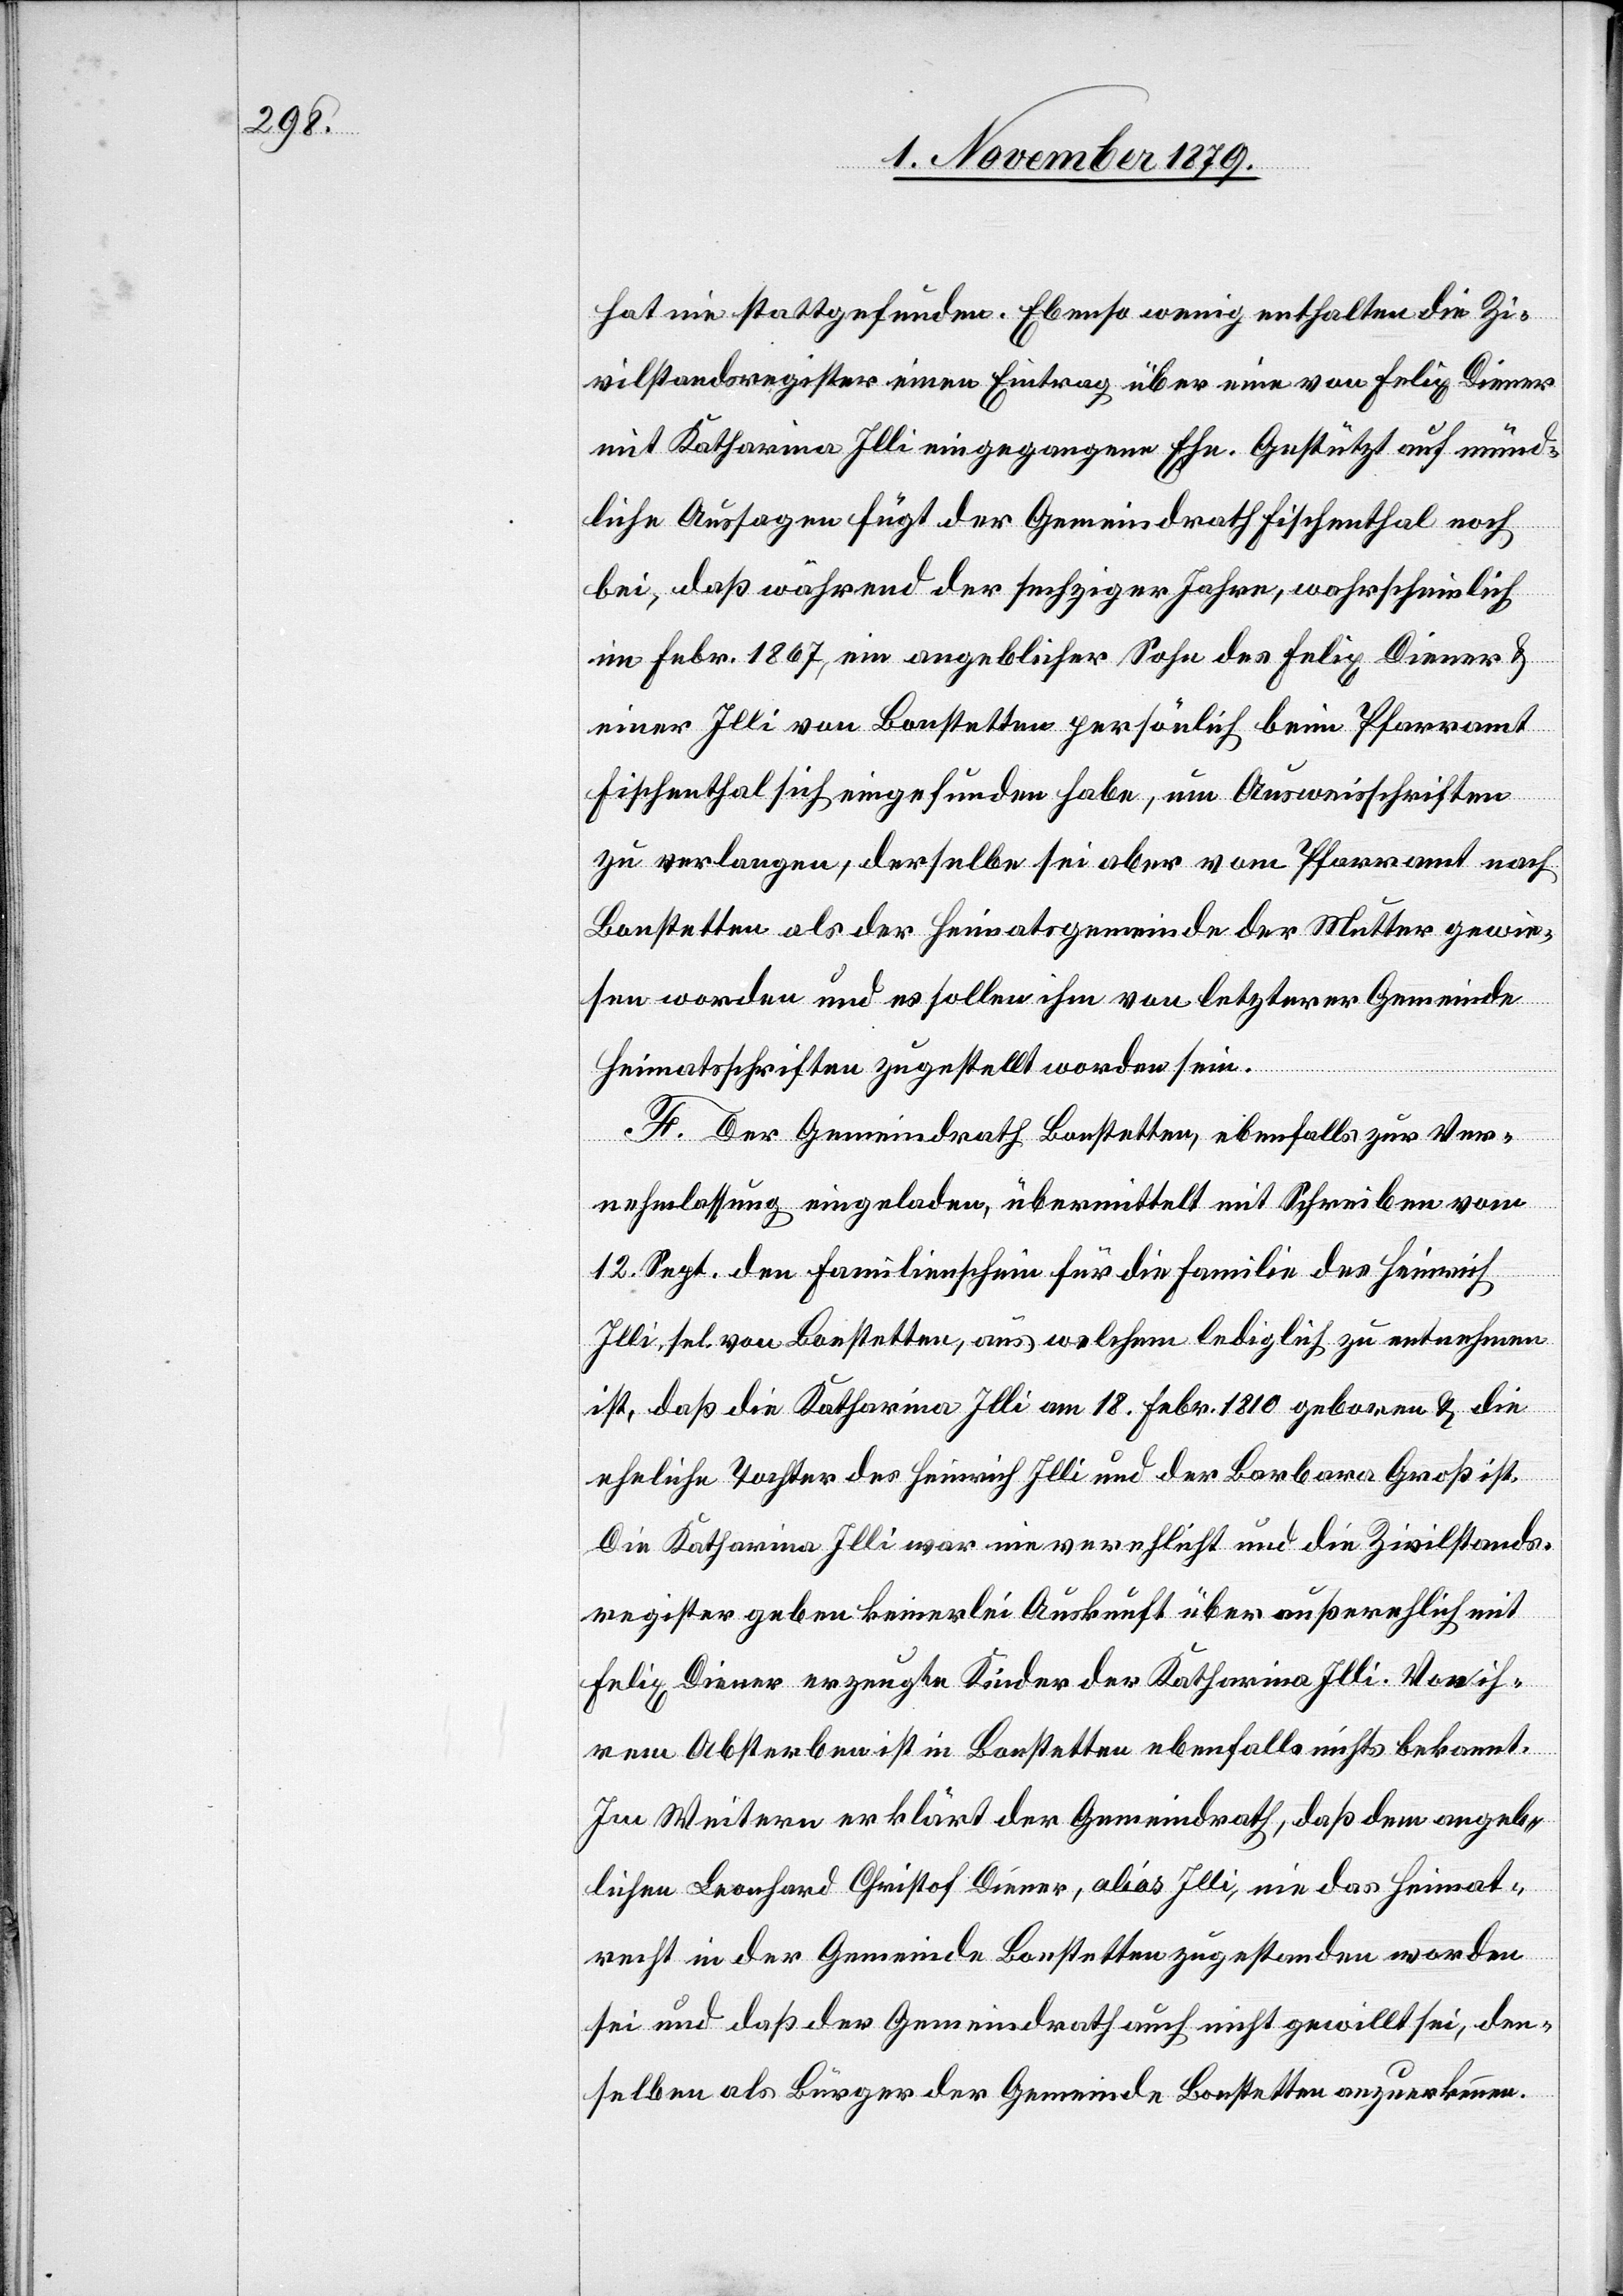
hat nie stattgefunden. Ebenso wenig enthalten die Zi¬
vilstandsregister einen Eintrag über eine von Felix Diener
mit Katharina Illi eingegangene Ehe. Gestützt auf münd¬
liche Aussagen fügt der Gemeindrath Fischenthal noch
bei, daß während der sechziger Jahre, wahrscheinlich
im Febr. 1867, ein angeblicher Sohn des Felix Diener &
einer Illi von Bonstetten persönlich beim Pfarramt
Fischenthal sich eingefunden habe, um Ausweisschriften
zu verlangen, derselbe sei aber vom Pfarramt nach
Bonstetten als der Heimatgemeinde der Mutter gewie¬
sen worden und es sollen ihm von letzterer Gemeinde
Heimatschriften zugestellt worden sein.
F. Der Gemeindrath Bonstetten, ebenfalls zu Ver¬
nehmlassung eingeladen, übermittelt mit Schreiben vom
12. Sept. den Familienschein für die Familie des Heinrich
Illi, sel. von Bonstetten, aus welchem lediglich zu entnehmen
ist, daß die Katharina Illi am 18. Febr. 1810 geboren & die
eheliche Tochter des Heinrich Illi und der Barbara Groß ist.
Die Katharina Illi war nie verehelicht und die Zivilstands¬
register geben keinerlei Auskunft über außerehelich mit
Felix Diener erzeugte Kinder der Katharina Illi. Von ih¬
rem Absterben ist in Bonstetten ebenfalls nichts bekannt.
Im Weiteren erklärt der Gemeindrath, daß dem angeb¬
lichen Leonhard Christof Diener, alias Illi, nie das Heimat¬
recht in der Gemeinde Bonstetten zugestanden worden
sei und daß der Gemeindrath auch nicht gewillt sei den¬
selben als Bürger der Gemeinde Bonstetten anzuerkennen.